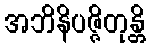
အဘိနိပဇ္ဇိတုန္တိ